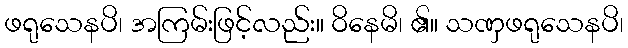
ဖရုသေနပိ၊ အကြမ်းဖြင့်လည်း။ ဝိနေမိ၊ ၏။ သဏှဖရုသေနပိ၊